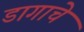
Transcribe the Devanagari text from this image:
डागाचे